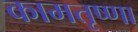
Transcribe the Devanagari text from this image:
कामतृष्णा